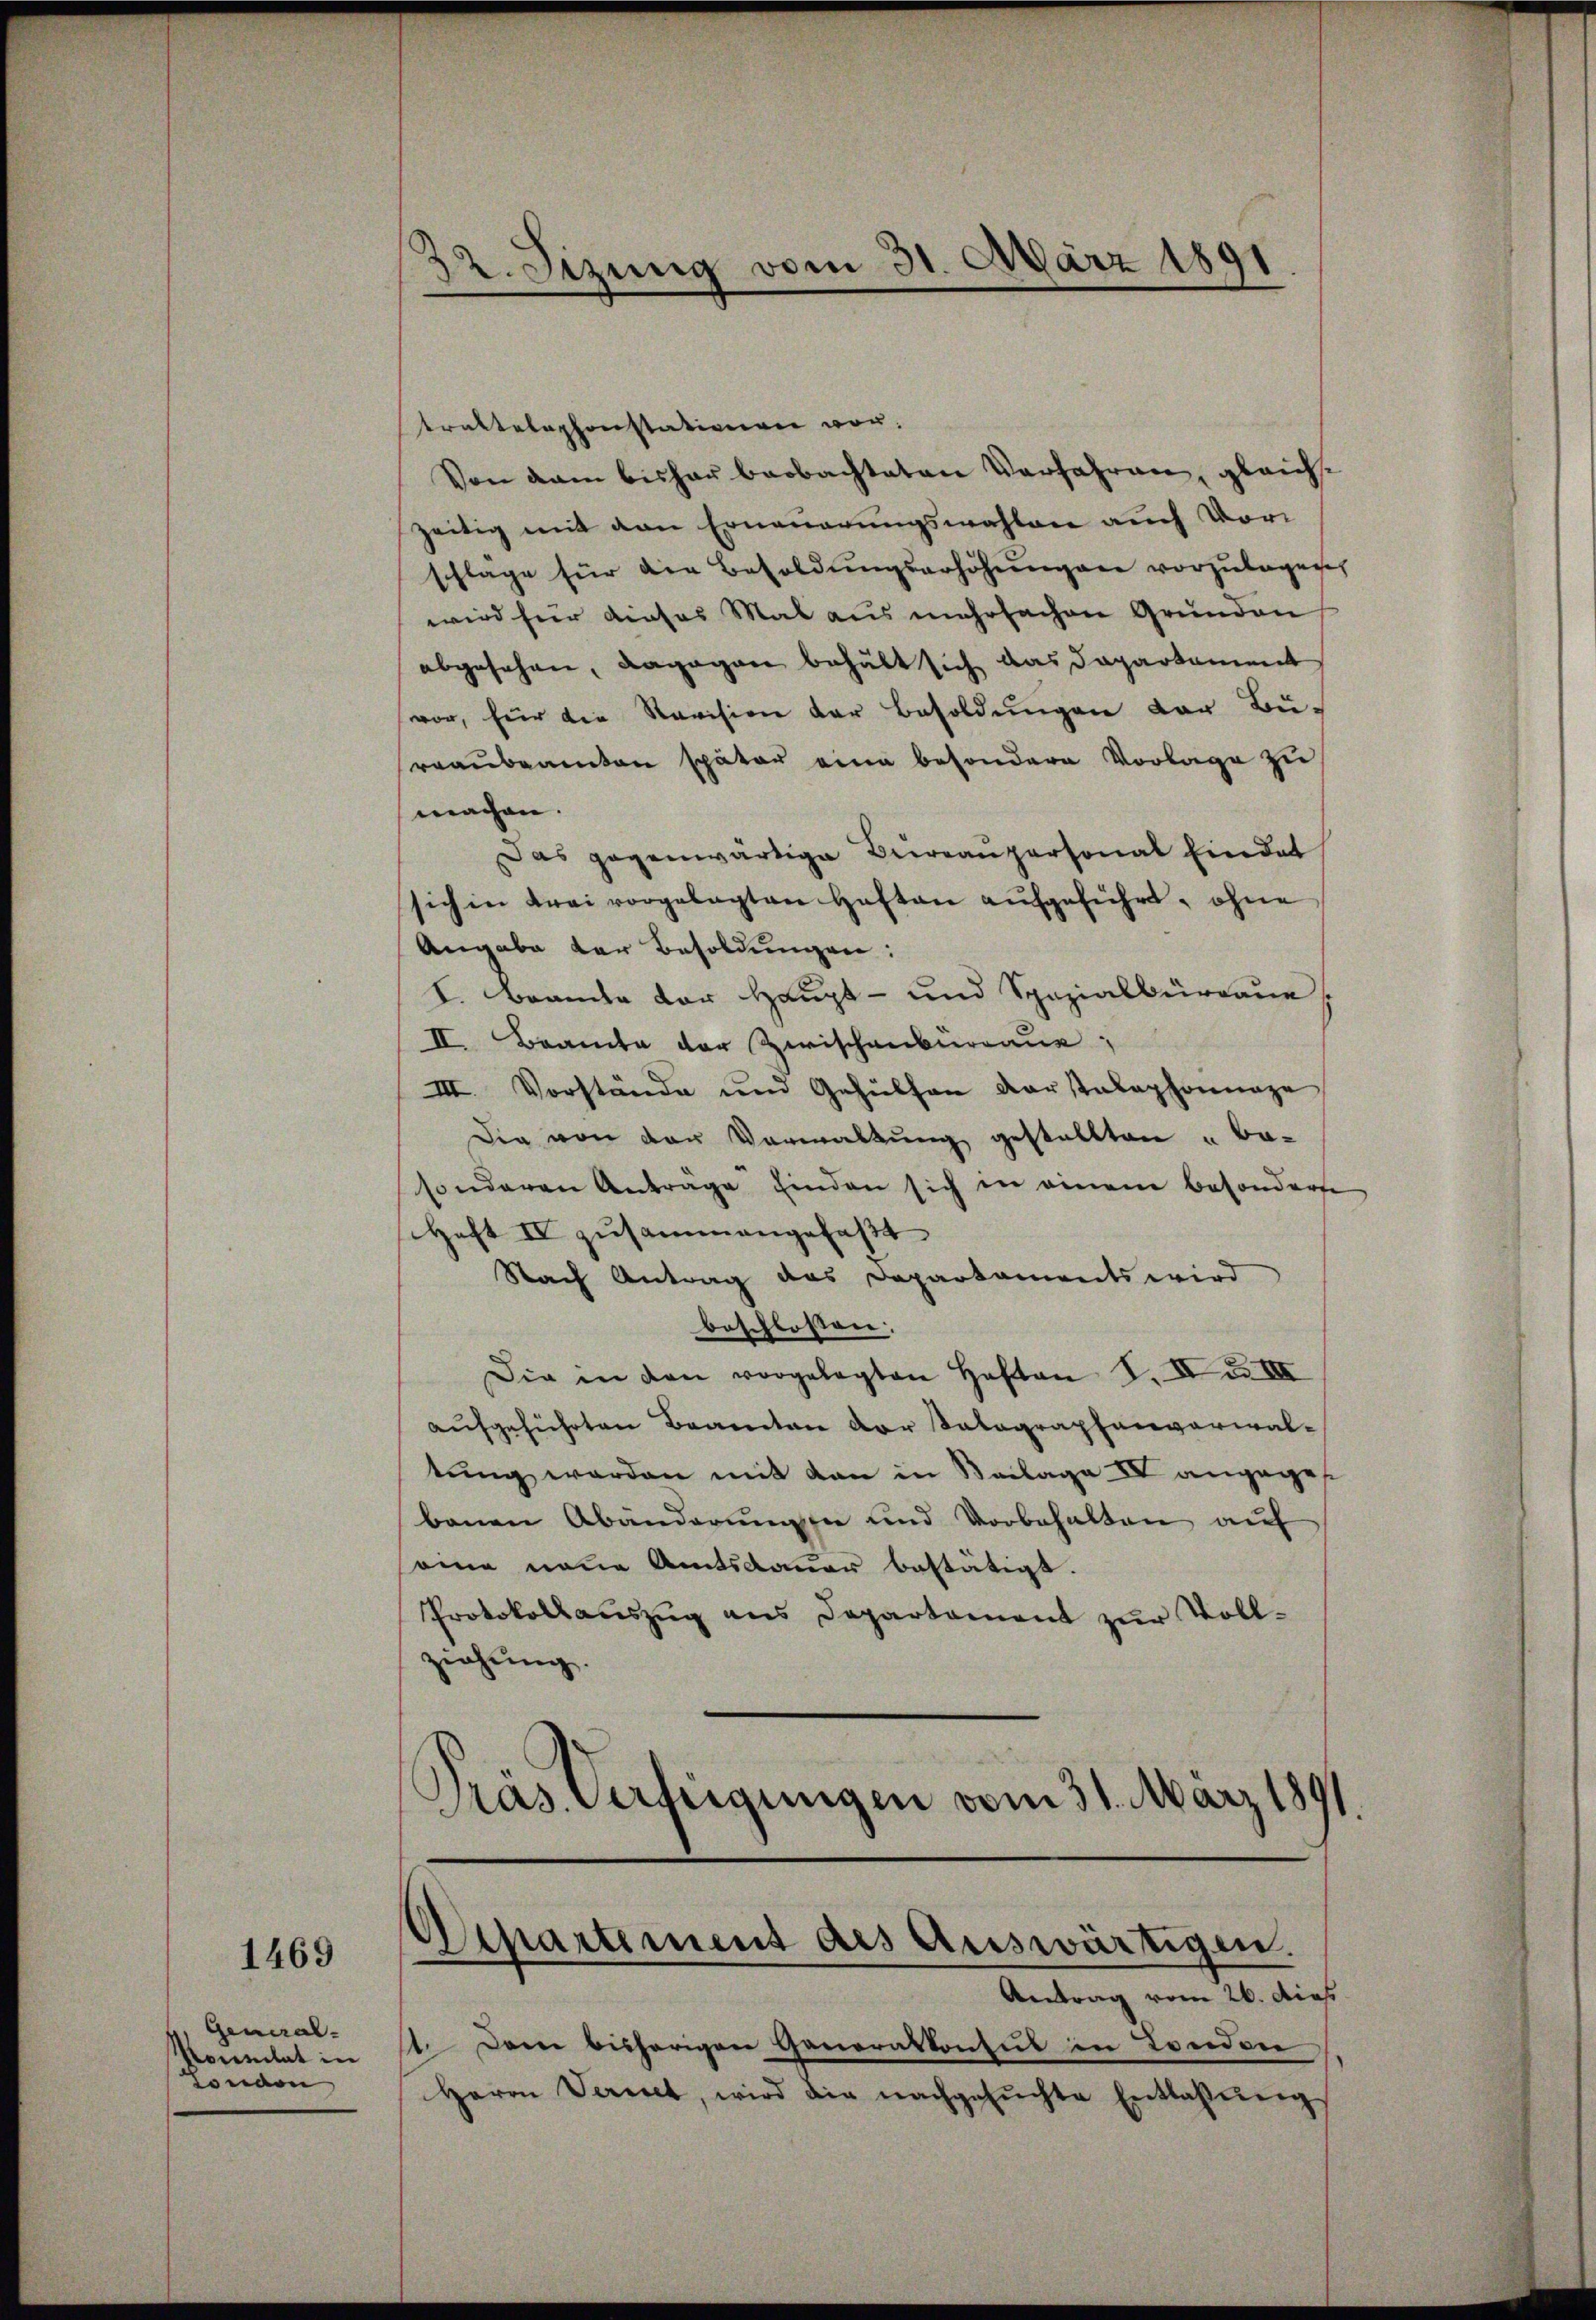
1469

General-
Koenitat in
London

32. Sizung vom 31. März 1891

traktelephonstationen vor.
Von dem bisher beobachteten Verfahren, gleichzeitig mit den Erneuerungswahlen auch Vor
schläge für die Besoldŭngserhöhŭngen vorzulagen,
wird hier dieses Mal aus mehrfachen Gründen
abgesehen, dagegen behält sich das Departament
vor, für die Revision der Besoldungen der Bu-
rraŭbeamten später eine besondere Vorlage zu
machen.
Das gegenwärtige Beireanpersonal Eindet
sich in drei vorgelegten Heften aufgeführt, ohne
Angabe der Besoldungen:
I. Brande der Haupt- und Spazialbürdaue
II. Beamte der Zwischenburgaue;
III. Vorstände und Gehülfen Darstelephonnaze
Die von der Vorwaltung gestellten u be-
sonderen Anträge finden sich in einem besonderse
Heft IV zusammengefaßt
Nach Antrag das Departaments wird
beschlossen:
Die in den vorgelegten Heften S. II S. VIII
aufgeführten Beamten der Salagraphenverwaltŭng werden mit dan in Beilage IV angegeb
banen Abänderungen und Vorbehalten auf
seine neue Amtsdauer bestätigt.
Protokollauszug aus Departement zur Vollziehung.
.
Präs. Verfügungen vom 31. März 1891

Separtement des Auswärtigen.
Antrag vom 26. dies

1. Dann bisherigen Generalkonsul in London
Herrn Veriret, wird die nachgesŭchte Entlassŭng